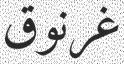
غرنوق